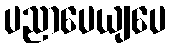
ပညာပေယျပေ